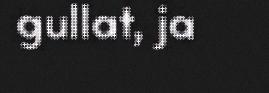
gullat, ja